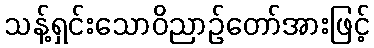
သန့်ရှင်းသောဝိညာဉ်တော်အားဖြင့်